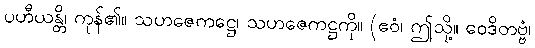
ပဟီယန္တိ၊ ကုန်၏။ သဟဇေကဋ္ဌေ၊ သဟဇေကဋ္ဌကို။ (ဧဝံ၊ ဤသို့။ ဝေဒိတဗ္ဗံ၊